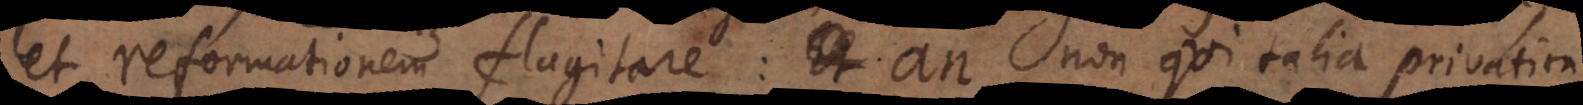
et reformationem flagitare: Et an non qui talia privatim